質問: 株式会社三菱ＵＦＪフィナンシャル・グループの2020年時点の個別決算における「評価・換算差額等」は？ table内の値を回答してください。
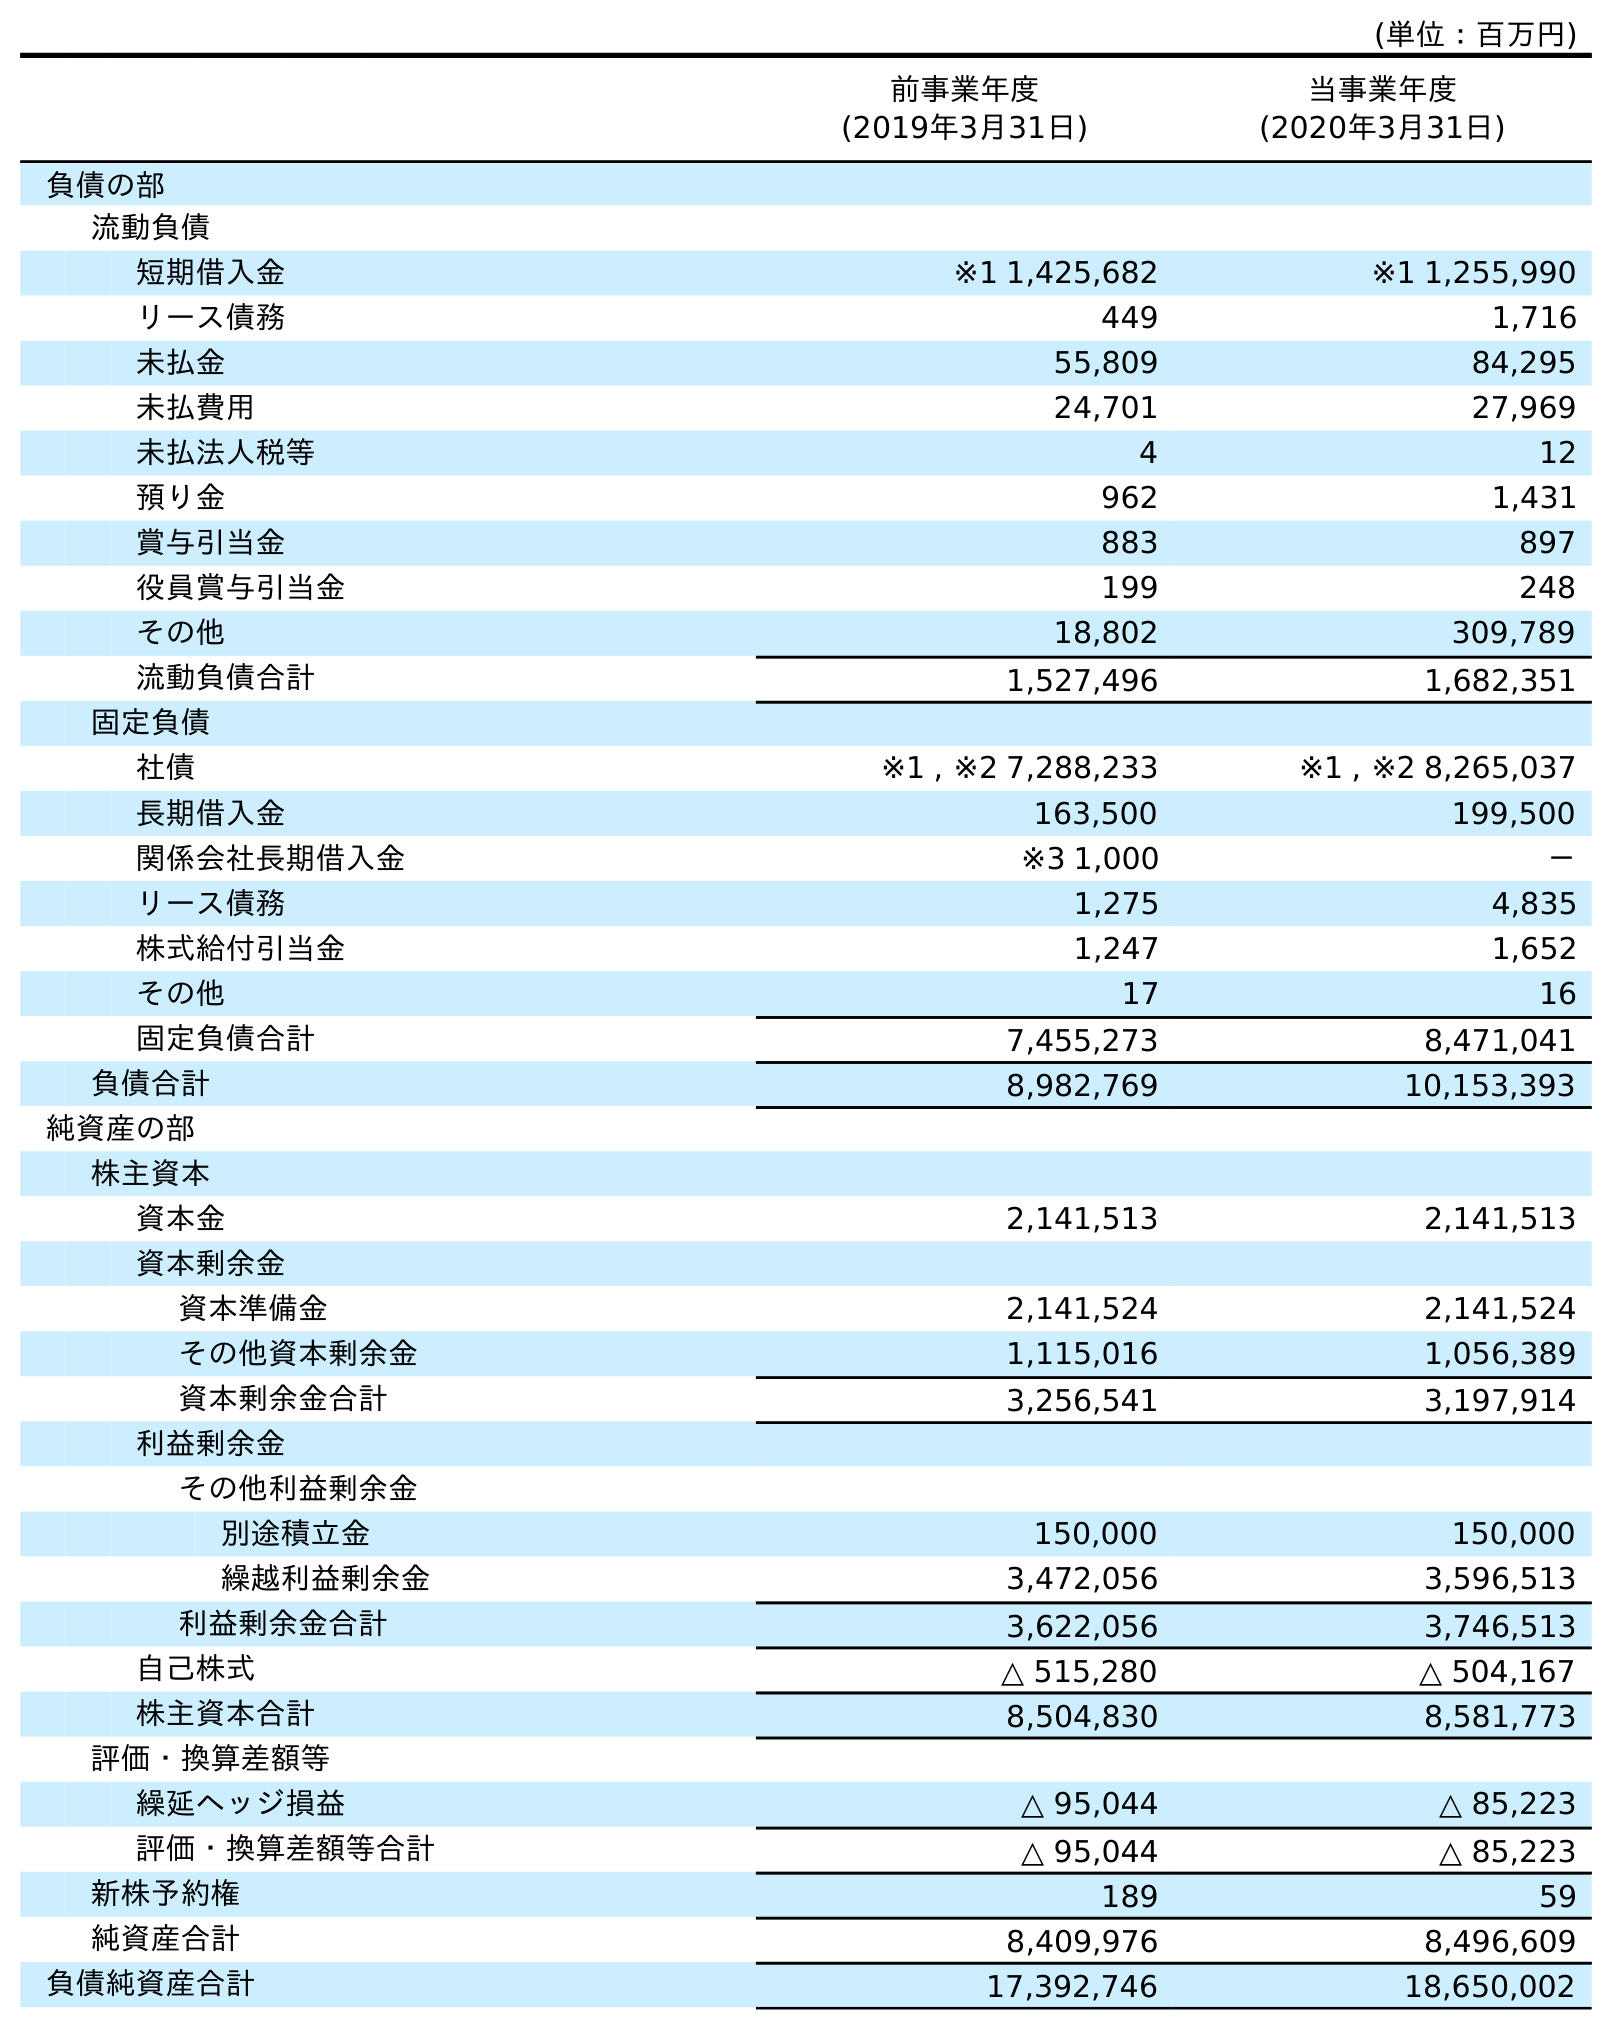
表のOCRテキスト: (単位：百万円) 前事業年度 (2019年3月31日) 当事業年度 (2020年3月31日) 負債の部 流動負債 短期借入金 ※1 1,425,682 ※1 1,255,990 リース債務 449 1,716 未払金 55,809 84,295 未払費用 24,701 27,969 未払法人税等 4 12 預り金 962 1,431 賞与引当金 883 897 役員賞与引当金 199 248 その他 18,802 309,789 流動負債合計 1,527,496 1,682,351 固定負債 社債 ※1 , ※2 7,288,233 ※1 , ※2 8,265,037 長期借入金 163,500 199,500 関係会社長期借入金 ※3 1,000 － リース債務 1,275 4,835 株式給付引当金 1,247 1,652 その他 17 16 固定負債合計 7,455,273 8,471,041 負債合計 8,982,769 10,153,393 純資産の部 株主資本 資本金 2,141,513 2,141,513 資本剰余金 資本準備金 2,141,524 2,141,524 その他資本剰余金 1,115,016 1,056,389 資本剰余金合計 3,256,541 3,197,914 利益剰余金 その他利益剰余金 別途積立金 150,000 150,000 繰越利益剰余金 3,472,056 3,596,513 利益剰余金合計 3,622,056 3,746,513 自己株式 △ 515,280 △ 504,167 株主資本合計 8,504,830 8,581,773 評価・換算差額等 繰延ヘッジ損益 △ 95,044 △ 85,223 評価・換算差額等合計 △ 95,044 △ 85,223 新株予約権 189 59 純資産合計 8,409,976 8,496,609 負債純資産合計 17,392,746 18,650,002
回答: △85,223